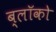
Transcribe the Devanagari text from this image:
ब्लॉको